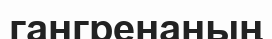
гангренаның